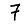
Digit: 7